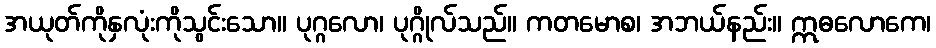
အယုတ်ကိုနှလုံးကိုသွင်းသော။ ပုဂ္ဂလော၊ ပုဂ္ဂိုလ်သည်။ ကတမောစ၊ အဘယ်နည်း။ ဣဓလောကေ၊